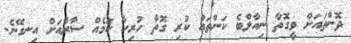
ދޮންތައަށް ވީގޮތާ ނިއާލްބެ ކަންތައް ކުރި ގޮތާ ހުރިހާ ކަމެއް ސާރާއަށް އިނގޭނެ.